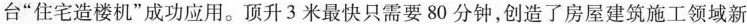
台”住宅造楼机”成功应用。顶升3米最快只需要80分钟，创造了房屋建筑施工领域新